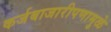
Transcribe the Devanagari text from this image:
कर्जबाजारीपणामुळे